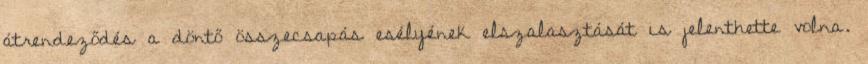
átrendeződés a döntő összecsapás esélyének elszalasztását is jelenthette volna.